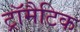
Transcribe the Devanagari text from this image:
ट्रॉमैटिक